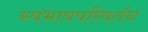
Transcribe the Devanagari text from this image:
स्वभावपरिवर्तन